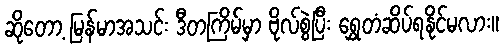
ဆိုတော့ မြန်မာအသင်း ဒီတကြိမ်မှာ ဗိုလ်စွဲပြီး ရွှေတံဆိပ်ရနိုင်မလား။